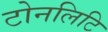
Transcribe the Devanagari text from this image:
टोनलिटि